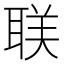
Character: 𬚛